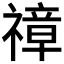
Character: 𱵨